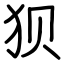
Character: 狈